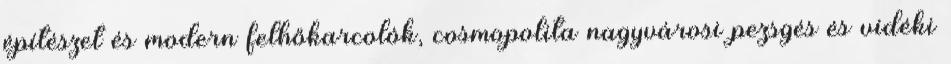
építészet és modern felhőkarcolók, cosmopolita nagyvárosi pezsgés és vidéki